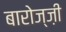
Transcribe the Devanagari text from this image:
बारोज्ज़ी